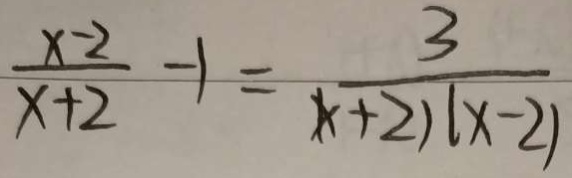
\frac { x - 2 } { x + 2 } - 1 = \frac { 3 } { ( x + 2 ) ( x - 2 ) }